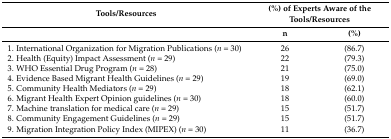
<table><thead><tr><td><b>Tools/Resources</b></td><td colspan="2"><b>(%) of Experts Aware of the Tools/Resources</b></td></tr><tr><td></td><td><b>n</b></td><td><b>(%)</b></td></tr></thead><tbody><tr><td>1. International Organization for Migration Publications (<i>n</i> = 30)</td><td>26</td><td>(86.7)</td></tr><tr><td>2. Health (Equity) Impact Assessment (<i>n</i> = 29)</td><td>22</td><td>(79.3)</td></tr><tr><td>3. WHO Essential Drug Program (<i>n</i> = 28)</td><td>21</td><td>(75.0)</td></tr><tr><td>4. Evidence Based Migrant Health Guidelines (<i>n</i> = 29)</td><td>19</td><td>(69.0)</td></tr><tr><td>5. Community Health Mediators (<i>n</i> = 29)</td><td>18</td><td>(62.1)</td></tr><tr><td>6. Migrant Health Expert Opinion guidelines (<i>n</i> = 30)</td><td>18</td><td>(60.0)</td></tr><tr><td>7. Machine translation for medical care (<i>n</i> = 29)</td><td>15</td><td>(51.7)</td></tr><tr><td>8. Community Engagement Guidelines (<i>n</i> = 29)</td><td>15</td><td>(51.7)</td></tr><tr><td>9. Migration Integration Policy Index (MIPEX) (<i>n</i> = 30)</td><td>11</td><td>(36.7)</td></tr></tbody></table>